Report on certain features of malaria in the island of Salsette
Disease focus: Malaria
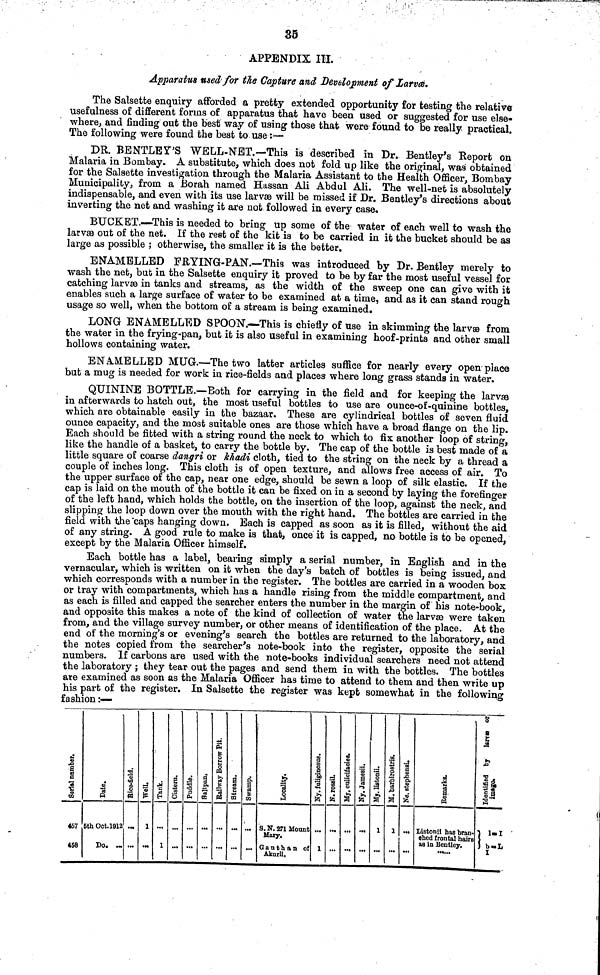
35
APPENDIX III.
Apparatus used for the Capture and Development of Larvæ.
The Salsette enquiry afforded a pretty extended opportunity for testing the relative
usefulness of different forms of apparatus that have been used or suggested for use else-
where., and finding out the best way of using those that were found to be really practical.
The following were found the best to use :—
DR. BENTLEY'S WELL-NET.—This is described in Dr. Bentley's Report on
Malaria in Bombay. A substitute, which does not fold up like the original, was obtained
for the Salsette investigation through the Malaria Assistant to the Health Officer, Bombay
Municipality, from a Borah named Hassan Ali Abdul Ali. The well-net is absolutely
indispensable, and even with its use larvæ will be missed if Dr. Bentley's directions about
inverting the net and washing it are not followed in every case.
BUCKET,—This is needed to bring up some of the water of each well to wash the
larvæ out of the net. If the rest of the kit is to be carried in it the bucket should be as
large as possible ; otherwise, the smaller it is the better.
ENAMELLED FRYING-PAN.—This was introduced by Dr. Bentley merely to
wash the net, but in the Salsette enquiry it proved to be by far the most useful vessel for
catching larvæ in tanks and streams, as the width of the sweep one can give with it
enables such a large surface of water to be examined at a time, and as it can stand rough
usage so well, when the bottom of a stream is being examined.
LONG ENAMELLED SPOON.—This is chiefly of use in skimming the larva from
the water in the frying-pan, but it is also useful in examining hoof-prints and other small
hollows containing water.
ENAMELLED MUG.—The two latter articles suffice for nearly every open place
but a mug is needed for work in rice-fields and places- where long grass stands in water.
QUININE BOTTLE.—Both for carrying in the field and for keeping the larvæ
in afterwards to hatch out, the most useful bottles to use are ounce-of-quinine bottles,
which are obtainable easily in the bazaar. These are cylindrical bottles of seven fluid
ounce capacity, and the most suitable ones are those which have a broad flange on the lip.
Each should be fitted with a string round the neck to which to fix another loop of string,
like the handle of a basket, to carry the bottle by. The cap of the bottle is best made of a
little square of coarse dangri or khadi cloth, tied to the string on the neck by a thread a
couple of inches long. This cloth is of open texture, and allows free access of air. To
the upper surface of the cap, near one edge, should be sewn a loop of silk elastic. If the
cap is laid on the mouth of the bottle it can be fixed on in a second by laying the forefinger
of the left hand, which holds the bottle, on the insertion of the loop, against the neck, and
slipping the loop down over the mouth with the right hand. The bottles are carried in the
field with the 'caps hanging down. Each is capped as soon as it is filled, without the aid
of any string. A good rule to make is that, once it is capped, no bottle is to be opened,
except by the Malaria Officer himself.
Each bottle has a label, bearing simply a serial number, in English and in the
vernacular, which is written on it when the day's batch of bottles is being issued, and
which corresponds with a number in the register. The bottles are carried in a wooden box
or tray with compartments, which has a handle rising from the middle compartment, and
as each is filled and capped the searcher enters the number in the margin of his note-book,
and opposite this makes a note of the kind of collection of water the larvse were taken
from, and the village survey number, or other means of identification of the place. At the
end of the morning's or evening's search the bottles are returned to the laboratory, and
the notes copied from the searcher's note-book into the register, opposite the serial
numbers. If carbons are used with the note-books individual searchers need not attend
the laboratory ; they tear out the pages and send them in with the bottles. The bottles
are examined as soon as the Malaria Officer has time to attend to them and then write up
his part of the register. In Salsette the register was kept somewhat in the following
fashion :—